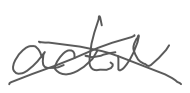
Text: active
Cross-out: cross
Writing tool: digital_gray